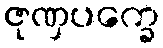
ဇုဏှပက္ခေ